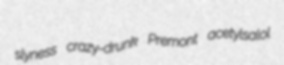
slyness crazy-drunk Premont acetylsalol